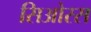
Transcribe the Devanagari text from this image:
सिओरस